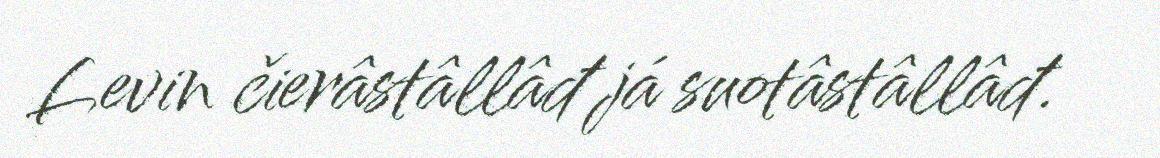
Levin čierâstâllâđ já suotâstâllâđ.